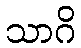
သာဂိ